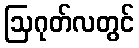
ဩဂုတ်လတွင်